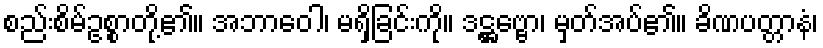
စည်းစိမ်ဥစ္စာတို့၏။ အဘာဝေါ၊ မရှိခြင်းကို။ ဒဋ္ဌဗ္ဗော၊ မှတ်အပ်၏။ ခိဏပတ္တာနံ၊